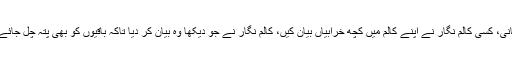
ایک چھوٹی سی فرضی کہانی، کسی کالم نگار نے اپنے کالم میں کچھ خرابیاں بیان کیں، کالم نگار نے جو دیکھا وہ بیان کر دیا تاکہ باقیوں کو بھی پتہ چل جائے کہ آج کل کیا چل رہا ہے۔